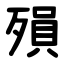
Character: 殞